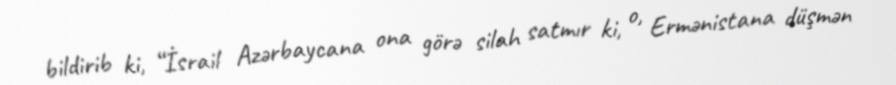
bildirib ki, “İsrail Azərbaycana ona görə silah satmır ki, o, Ermənistana düşmən